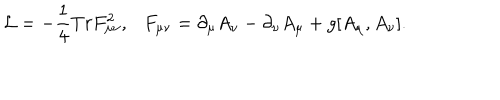
LaTeX: { \cal L } = - \frac 1 4 T r F _ { \mu \nu } ^ { 2 } , \ \ \ F _ { \mu \nu } = \partial _ { \mu } A _ { \nu } - \partial _ { \nu } A _ { \mu } + g [ A _ { \mu } , A _ { \nu } ] .